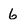
Character: 6